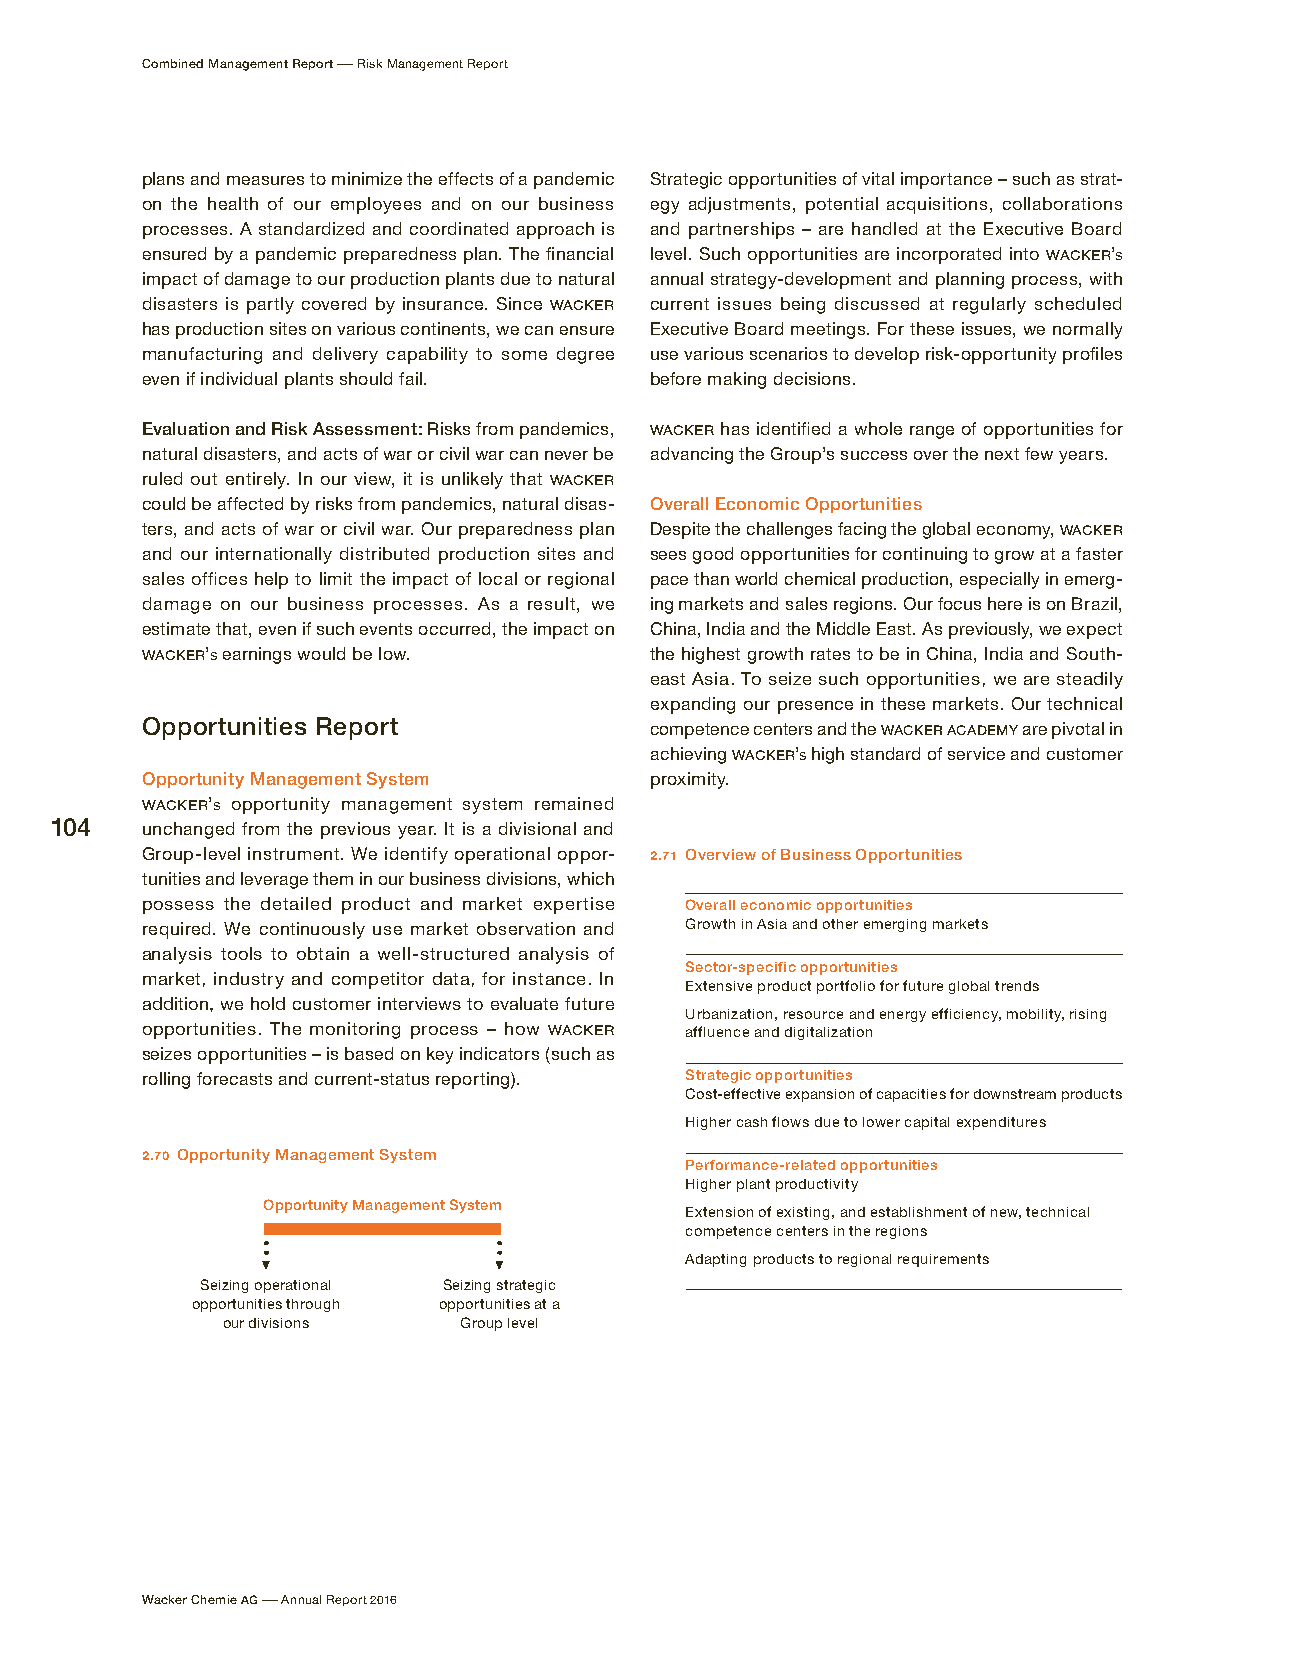
Combined Management Report – Risk Management Report
 plans and measures to minimize the effects of a pandemic Strategic opportunities of vital importance – such as strat-
 on the health of our employees and on our business egy adjustments, potential acquisitions, collaborations
 processes. A standardized and coordinated approach is and partnerships – are handled at the Executive Board
 ensured by a pandemic preparedness plan. The financial level. Such opportunities are incorporated into WACKER’s
 impact of damage to our production plants due to natural annual strategy-development and planning process, with
 disasters is partly covered by insurance. Since WACKER current issues being discussed at regularly scheduled
 has production sites on various continents, we can ensure Executive Board meetings. For these issues, we normally
 manufacturing and delivery capability to some degree use various scenarios to develop risk-opportunity profiles
 even if individual plants should fail. before making decisions.
 Evaluation and Risk Assessment: Risks from pandemics, WACKER has identified a whole range of opportunities for
 natural disasters, and acts of war or civil war can never be advancing the Group’s success over the next few years.
 ruled out entirely. In our view, it is unlikely that WACKER
 could be affected by risks from pandemics, natural disas- Overall Economic Opportunities
 ters, and acts of war or civil war. Our preparedness plan Despite the challenges facing the global economy, WACKER
 and our internationally distributed production sites and sees good opportunities for continuing to grow at a faster
 sales offices help to limit the impact of local or regional pace than world chemical production, especially in emerg-
 damage on our business processes. As a result, we ing markets and sales regions. Our focus here is on Brazil,
 estimate that, even if such events occurred, the impact on China, India and the Middle East. As previously, we expect
 WACKER’s earnings would be low.   the highest growth rates to be in China, India and South-
 east Asia. To seize such opportunities, we are steadily
 expanding our presence in these markets. Our technical
 Opportunities Report              competence centers and the WACKER ACADEMY are pivotal in
 achieving WACKER’s high standard of service and customer
 Opportunity Management System     proximity.
 WACKER’s opportunity management system remained
 104   unchanged from the previous year. It is a divisional and
 Group-level instrument. We identify operational oppor- 2.71 Overview of Business Opportunities
 tunities and leverage them in our business divisions, which
 possess the detailed product and market expertise Overall economic opportunities
 required. We continuously use market observation and Growth in Asia and other emerging markets
 analysis tools to obtain a well-structured analysis of
 Sector-specific opportunities
 market, industry and competitor data, for instance. In
 Extensive product portfolio for future global trends
 addition, we hold customer interviews to evaluate future
 Urbanization, resource and energy efficiency, mobility, rising
 opportunities. The monitoring process – how WACKER affluence and digitalization
 seizes opportunities – is based on key indicators (such as
 rolling forecasts and current-status reporting). Strategic opportunities
 Cost-effective expansion of capacities for downstream products
 Higher cash flows due to lower capital expenditures
 2.70 Opportunity Management System
 Performance-related opportunities
 Higher plant productivity
 Opportunity Management System
 Extension of existing, and establishment of new, technical
 competence centers in the regions
 Adapting products to regional requirements
 Seizing operational Seizing strategic
 opportunities through opportunities at a
 our divisions  Group level
 Wacker Chemie AG – Annual Report 2016